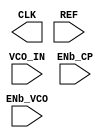
module avsdpll (
`ifdef USE_POWER_PINS
	inout vccd1,	// User area 1 1.8V power
	inout vssd1,	// User area 1 digital ground
`endif
   output reg  CLK,
   input  wire VCO_IN,
   input  wire ENb_CP,
   input  wire ENb_VCO,
   input  wire REF
);

`ifdef SIM
   real period, lastedge, refpd;

   initial begin
      lastedge = 0.0;
      period = 25.0; // 25ns period = 40MHz
      CLK <= 0;
   end

  // Toggle clock at rate determined by period
   always @(CLK or ENb_VCO) begin
      if (ENb_VCO == 1'b1) begin
         #(period / 2.0);
         CLK <= (CLK === 1'b0);
      end
      else if (ENb_VCO == 1'b0) begin
         CLK <= 1'b0;
      end 
      else begin
         CLK <= 1'bx;
      end
   end
   
   // Update period on every reference rising edge
   always @(posedge REF) begin
      if (lastedge > 0.0) begin
         refpd = $realtime - lastedge;
         // Adjust period towards 1/8 the reference period
         //period = (0.99 * period) + (0.01 * (refpd / 8.0));
         period =  (refpd / 8.0) ;
      end
      lastedge = $realtime;
   end
`endif

endmodule